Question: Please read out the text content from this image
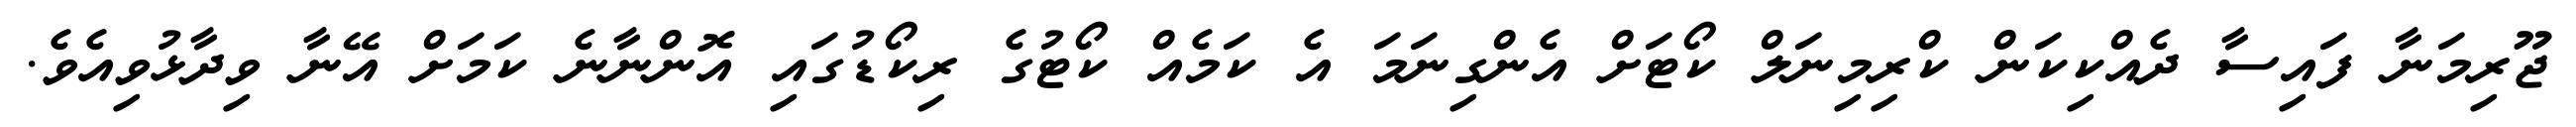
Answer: ޖޫރިމަނާ ފައިސާ ދެއްކިކަން ކްރިމިނަލް ކޯޓަށް އެންގިނަމަ އެ ކަމެއް ކޯޓުގެ ރިކޯޑުގައި އޮންނާނެ ކަމަށް އޭނާ ވިދާޅުވިއެވެ.